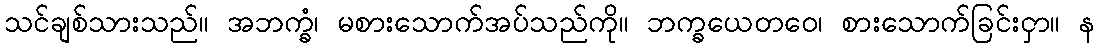
သင်ချစ်သားသည်။ အဘက္ခံ၊ မစားသောက်အပ်သည်ကို။ ဘက္ခယေတဝေ၊ စားသောက်ခြင်းငှာ။ န